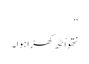
‘‘
نتھو اُٹھ کھڑا ہوا۔